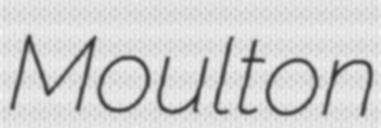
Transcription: Moulton